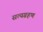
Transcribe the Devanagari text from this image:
सत्यग्रहण